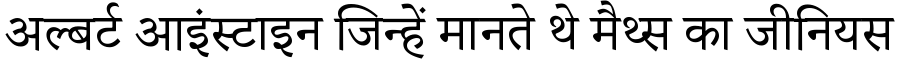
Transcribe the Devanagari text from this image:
अल्बर्ट आइंस्टाइन जिन्हें मानते थे मैथ्स का जीनियस